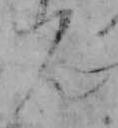
ん